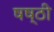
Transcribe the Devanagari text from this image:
षष्‍ठी